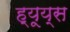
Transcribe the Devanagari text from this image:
ह्यूय्स